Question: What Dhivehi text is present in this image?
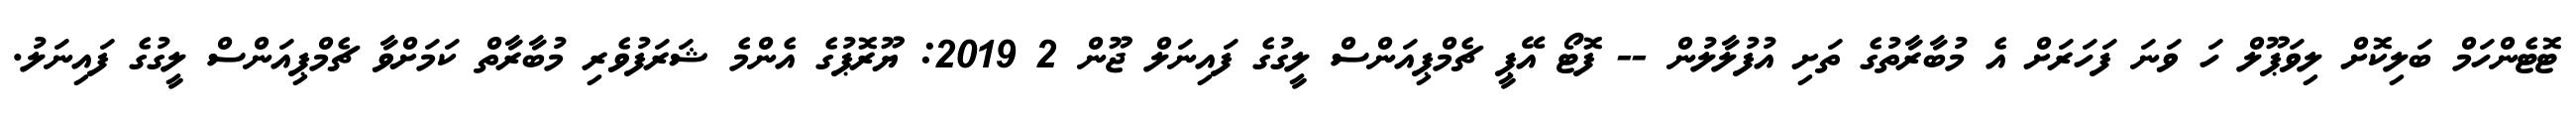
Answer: ޓޮޓެންހަމް ބަލިކޮށް ލިވަޕޫލް ހަ ވަނަ ފަހަރަށް އެ މުބާރާތުގެ ތަށި އުފުލާލުން -- ފޮޓޯ އޭޕީ ޗެމްޕިއަންސް ލީގުގެ ފައިނަލް ޖޫން 2 2019: ޔޫރޮޕުގެ އެންމެ ޝަރަފުވެރި މުބާރާތް ކަމަށްވާ ޗެމްޕިއަންސް ލީގުގެ ފައިނަލު.